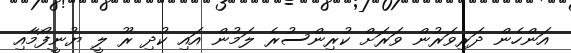
އަންހެން ދަރިވަރުން ވަރަށް ކުރިންސުރެ ލަމުން އައި ކުދި ރޫ ލީ ޔުނީފޯމާއި